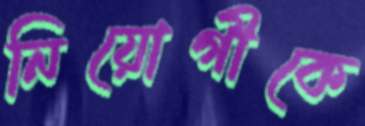
নিয়োগীকে